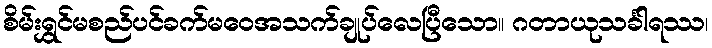
စိမ်းရွှင်မစည်ပင်ခက်မဝေအသက်ချုပ်လေပြီသော။ ဂတာယုသင်္ခါရဿ၊